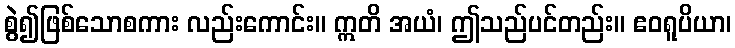
စွဲ၍ဖြစ်သောစကား လည်းကောင်း။ ဣတိ အယံ၊ ဤသည်ပင်တည်း။ ဧဝရူပိယာ၊